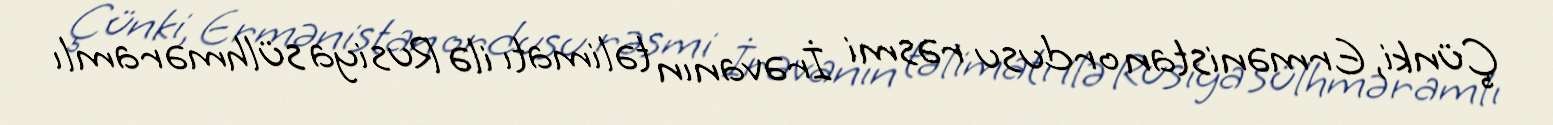
Çünki, Ermənistan ordusu rəsmi İrəvanın təlimatı ilə Rusiya sülhməramlı